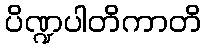
ပိဏ္ဍပါတိကာတိ